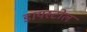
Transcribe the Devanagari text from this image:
डायस्टोल